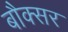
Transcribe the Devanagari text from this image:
बौक्सर